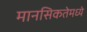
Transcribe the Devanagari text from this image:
मानसिकतेमध्ये